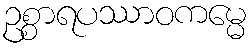
ဥစ္စာရပဿာဝကမ္မေ